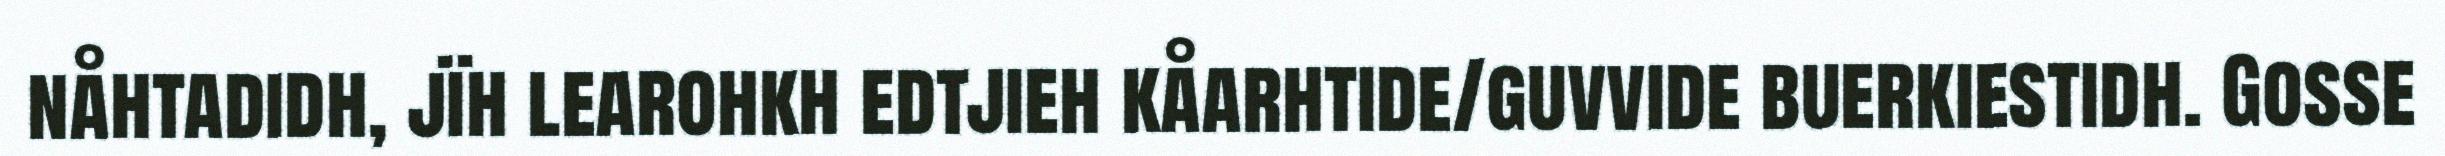
nåhtadidh, jïh learohkh edtjieh kåarhtide/guvvide buerkiestidh. Gosse